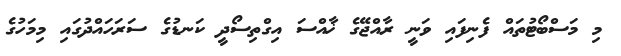
މި މަސްބޯޓުތައް ފެނިފައި ވަނީ ރާއްޖޭގެ ޚާއްސަ އިގްތިސޯދީ ކަނޑުގެ ސަރަހައްދުގައި މިމަހުގެ